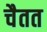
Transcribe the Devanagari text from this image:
चैतत